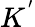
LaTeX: K^{'}